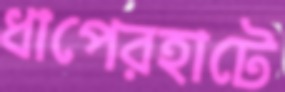
ধাপেরহাটে